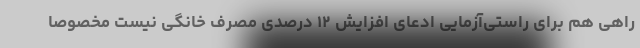
راهی هم برای راستی‌آزمایی ادعای افزایش ۱۲ درصدی مصرف خانگی نیست مخصوصا